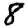
Digit: 8